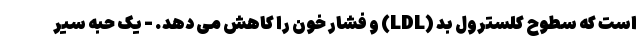
است که سطوح کلسترول بد (LDL) و فشار خون را کاهش می دهد. - یک حبه سیر